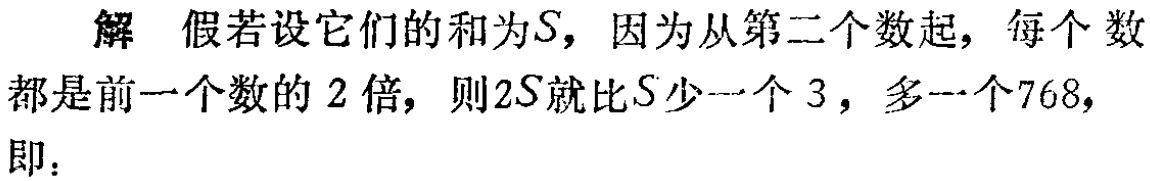
解 假若设它们的和为\(S\)，因为从第二个数起，每个数都是前一个数的 \(2\) 倍，则\(2S\)就比\(S\)少一个 \(3\)，多一个\(768\)，即：